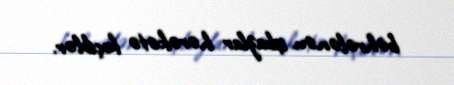
bəhrələnən işbazlar hərəkətə keçiblər.